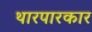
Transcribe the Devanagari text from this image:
थारपारकार